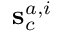
{ \bf s } _ { c } ^ { a , i }